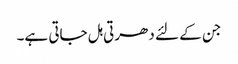
جن کے لئے دھرتی ہل جاتی ہے۔